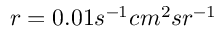
r = 0 . 0 1 s ^ { - 1 } c m ^ { 2 } s r ^ { - 1 }